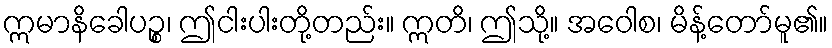
ဣမာနိခေါပဉ္စ၊ ဤငါးပါးတို့တည်း။ ဣတိ၊ ဤသို့။ အဝေါစ၊ မိန့်တော်မူ၏။